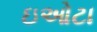
ઇઓટા